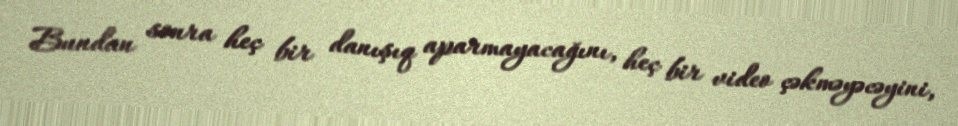
Bundan sonra heç bir danışıq aparmayacağını, heç bir video çəkməyəcəyini,